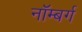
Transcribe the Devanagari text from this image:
नॉम्बर्ग